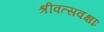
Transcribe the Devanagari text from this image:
श्रीवत्सवक्षाः